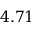
4 . 7 1